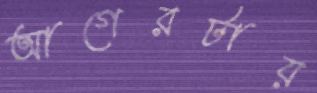
আগেরটায়